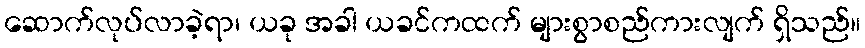
ဆောက်လုပ်လာခဲ့ရာ၊ ယခု အခါ ယခင်ကထက် များစွာစည်ကားလျက် ရှိသည်။